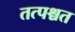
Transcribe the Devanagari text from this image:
तत्पश्चत